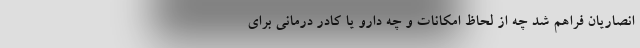
انصاریان فراهم شد چه از لحاظ امکانات و چه دارو یا کادر درمانی برای